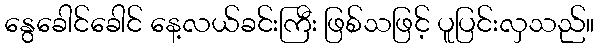
နွေခေါင်ခေါင် နေ့လယ်ခင်းကြီး ဖြစ်သဖြင့် ပူပြင်းလှသည်။